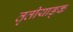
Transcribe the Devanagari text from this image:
तृतीयाङ्क